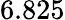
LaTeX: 6.825